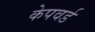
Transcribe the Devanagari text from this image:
केपवर्ड